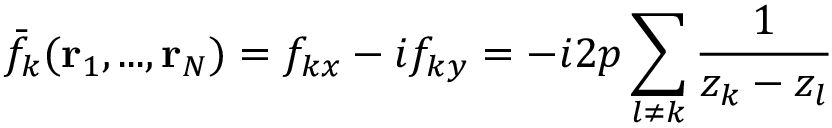
\bar { f } _ { k } ( { \bf r } _ { 1 } , . . . , { \bf r } _ { N } ) = f _ { k x } - i f _ { k y } = - i 2 p \sum _ { l \neq k } \frac { 1 } { z _ { k } - z _ { l } }